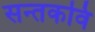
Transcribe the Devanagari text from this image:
सन्तकवि